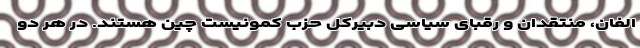
الفان، منتقدان و رقبای سیاسی دبیرکل حزب کمونیست چین هستند. در هر دو